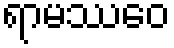
ရာမဿေဝ